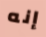
إنه